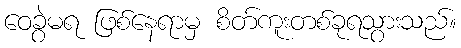
ဝေခွဲမရ ဖြစ်နေရာမှ စိတ်ကူးတစ်ခုရသွားသည်။